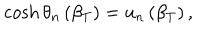
LaTeX: \cosh \theta _ { n } \left( \beta _ { T } \right) = u _ { n } \left( \beta _ { T } \right) ,